Investigations on Bengal jail dietaries - Number 37
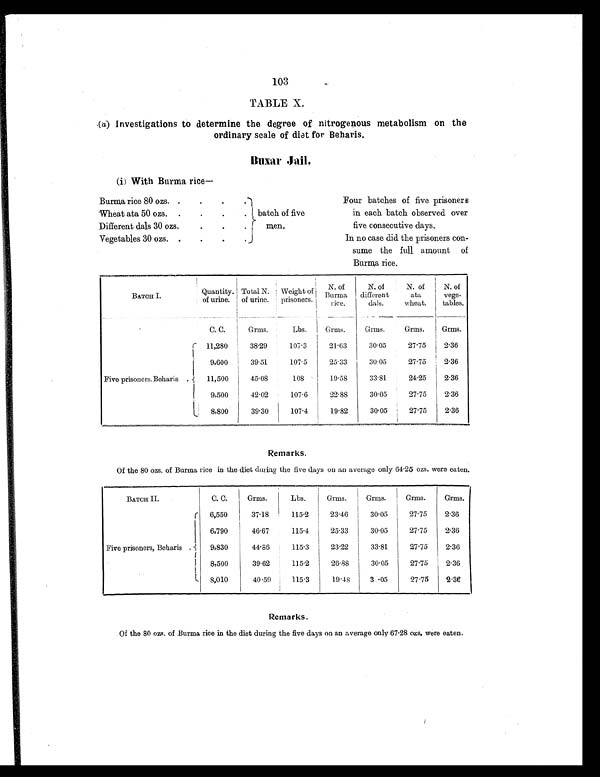
103
TABLE X.
( a) Investigations to determine the degree of nitrogenous metabolism on the
ordinary scale of diet for Beharis.
B u x a r J a i l .
(i) With Burma rice
—
Burma rice 80 ozs. .
.
.
.
batch of five
men.
Four batches of five prisoners
in each batch observed over
five consecutive days.
Wheat ata 50 ozs. .
.
.
.
Different dals 30 ozs.
.
.
.
Vegetables 30 ozs. .
.
.
.
In no case did the prisoners con-
sume the full amount of
Burma rice.
BATCH I.
Quantity.
of urine.
Total N.
of urine.
Weight of
prisoners.
N. of
Burma rice.
N. of
different
dals.
N. of
ata
wheat.
N. of
vege-
tables.
C. C.
Grms.
Lbs.
Grms.
Grms.
Grms.
Grms.
Five prisoners, Beharis .
11,280
38.29
107.3
21.63
30.05
27.75
2.36
9,600
39.51
107.5
25.33
30.05
27.75
2.36
11,500
45.08
108
19.58
33.81
24.25
2.36
9,500
42.02
107.6
22.88
30.05
27.75
2.36
8,800
39.30
107.4
19.82
30.05
27.75
2.36
Remarks.
Of the 80 ozs. of Burma rice in the diet during the five days on an average only 64.25 ozs. were eaten.
BATCH II.
C. C.
Grms.
Lbs.
Grms.
Grms.
Grms.
Grms.
Five prisoners, Beharis .
6,550
37.18
115.2
23.46
30.05
27.75
2.36
6,790
46.67
115.4
25.33
30.05
27.75
2.36
9,830
44.86
115.3
23.22
33.81
27.75
2.36
8,500
39.62
115.2
26.88
30.05
27.75
2.36
8,010
40.59
115.3
19.48
3.05
27.75
2.36
Remarks.
Of the 80 ozs. of Burma rice in the diet during the five days on an average only 67.28 ozs. were eaten.